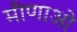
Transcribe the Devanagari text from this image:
मीणाओ